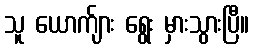
သူ ယောက်ျား ရွေး မှားသွားပြီ။